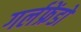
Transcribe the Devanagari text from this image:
गर्लफ्रेंडों